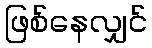
ဖြစ်နေလျှင်